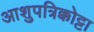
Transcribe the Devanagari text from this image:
आशुपत्रिक्कोट्टा